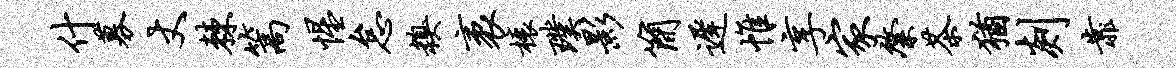
什募丈棘篙惺怠糗袤榱璞影简迟帷享家綮茶犹剡靠